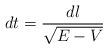
LaTeX: \begin{align*} dt=\frac{dl}{\sqrt{E-V}}\end{align*}